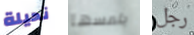
نحيلة يلمسها رجل